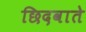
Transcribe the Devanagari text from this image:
छिदवाते